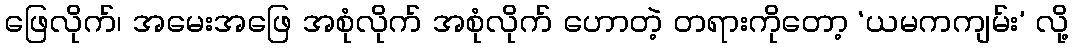
ဖြေလိုက်၊ အမေးအဖြေ အစုံလိုက် အစုံလိုက် ဟောတဲ့ တရားကိုတော့ ‘ယမကကျမ်း’ လို့